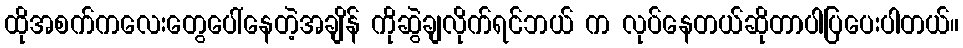
ထိုအစက်ကလေးတွေပေါ်နေတဲ့အချိန် ကိုဆွဲချလိုက်ရင်ဘယ် က လုပ်နေတယ်ဆိုတာပါပြပေးပါတယ်။